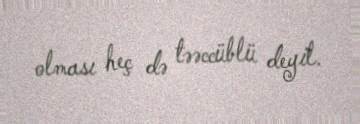
olması heç də təəccüblü deyil.